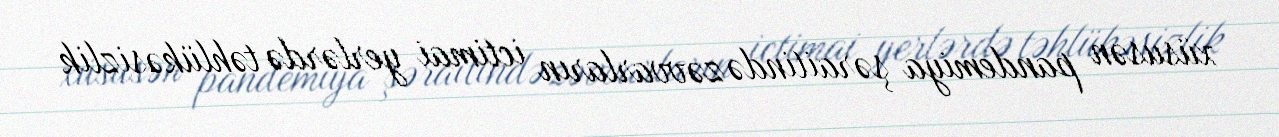
xüsusən pandemiya şəraitində zəvvarların ictimai yerlərdə təhlükəsizlik